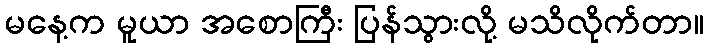
မနေ့က မူယာ အစောကြီး ပြန်သွားလို့ မသိလိုက်တာ။